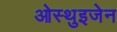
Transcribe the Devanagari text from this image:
ओस्थुइजेन